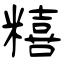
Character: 糦